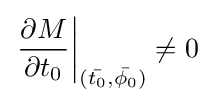
\left.{\frac {\partial M}{\partial t_{0}}}\right|_{({\bar {t_{0}}},{\bar {\phi _{0}}})}\neq 0